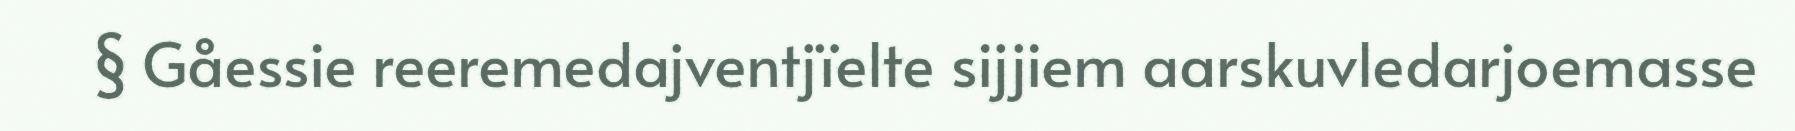
§ Gåessie reeremedajventjïelte sijjiem aarskuvledarjoemasse